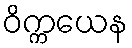
ဝိက္ကယေန